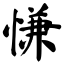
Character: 慊